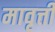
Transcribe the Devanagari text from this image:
मावृत्ती